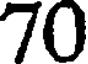
70